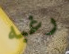
رغبه